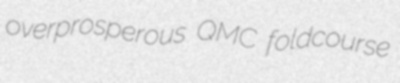
overprosperous QMC foldcourse